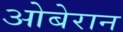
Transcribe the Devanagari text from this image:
ओबेरान